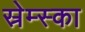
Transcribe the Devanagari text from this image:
स्रेम्स्का